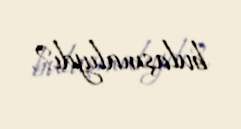
bulaşmalıydı?.